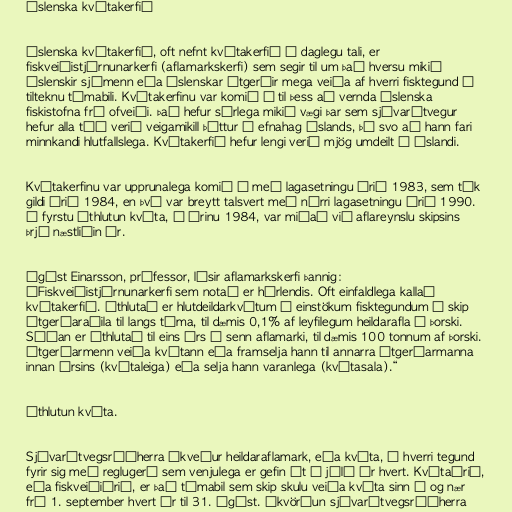
Íslenska kvótakerfið

Íslenska kvótakerfið, oft nefnt kvótakerfið í daglegu tali, er
fiskveiðistjórnunarkerfi (aflamarkskerfi) sem segir til um það hversu mikið
íslenskir sjómenn eða íslenskar útgerðir mega veiða af hverri fisktegund á
tilteknu tímabili. Kvótakerfinu var komið á til þess að vernda íslenska
fiskistofna frá ofveiði. Það hefur sérlega mikið vægi þar sem sjávarútvegur
hefur alla tíð verið veigamikill þáttur í efnahag Íslands, þó svo að hann fari
minnkandi hlutfallslega. Kvótakerfið hefur lengi verið mjög umdeilt á Íslandi.

Kvótakerfinu var upprunalega komið á með lagasetningu árið 1983, sem tók
gildi árið 1984, en því var breytt talsvert með nýrri lagasetningu árið 1990.
Í fyrstu úthlutun kvóta, á árinu 1984, var miðað við aflareynslu skipsins
þrjú næstliðin ár.

Ágúst Einarsson, prófessor, lýsir aflamarkskerfi þannig:
„Fiskveiðistjórnunarkerfi sem notað er hérlendis. Oft einfaldlega kallað
kvótakerfið. Úthlutað er hlutdeildarkvótum í einstökum fisktegundum á skip
útgerðaraðila til langs tíma, til dæmis 0,1% af leyfilegum heildarafla í þorski.
Síðan er úthlutað til eins árs í senn aflamarki, til dæmis 100 tonnum af þorski.
Útgerðarmenn veiða kvótann eða framselja hann til annarra útgerðarmanna
innan ársins (kvótaleiga) eða selja hann varanlega (kvótasala).“

Úthlutun kvóta.

Sjávarútvegsráðherra ákveður heildaraflamark, eða kvóta, í hverri tegund
fyrir sig með reglugerð sem venjulega er gefin út í júlí ár hvert. Kvótaárið,
eða fiskveiðiárið, er það tímabil sem skip skulu veiða kvóta sinn á og nær
frá 1. september hvert ár til 31. ágúst. Ákvörðun sjávarútvegsráðherra